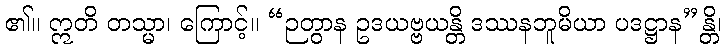
၏။ ဣတိ တသ္မာ၊ ကြောင့်။ “ဉတွာန ဥဒယဗ္ဗယန္တိ ဒဿနဘူမိယာ ပဒဋ္ဌာန”န္တိ၊